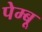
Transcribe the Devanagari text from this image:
पेम्बू